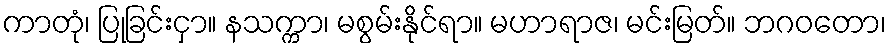
ကာတုံ၊ ပြုခြင်းငှာ။ နသက္ကာ၊ မစွမ်းနိုင်ရာ။ မဟာရာဇ၊ မင်းမြတ်။ ဘဂဝတော၊